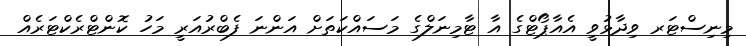
މިނިސްޓަރ ވިދާޅުވީ އެއާޕޯޓްގެ އާ ޓާމިނަލްގެ މަސައްކަތަށް އަންނަ ފެބްރުއަރީ މަހު ކޮންޓްރެކްޓަރެއް